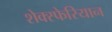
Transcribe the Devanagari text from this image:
शेक्स्फेरियान